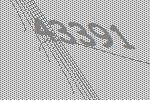
43391